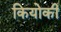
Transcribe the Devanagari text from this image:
कियोकी